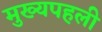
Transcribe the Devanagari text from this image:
मुख्यपहली